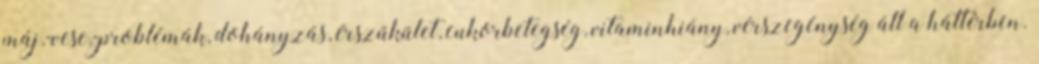
máj,-vese,-problémák, dohányzás, érszűkület, cukorbetegség, vitaminhiány, vérszegénység áll a háttérben.